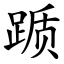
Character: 踬